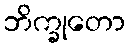
ဘိက္ခုတော